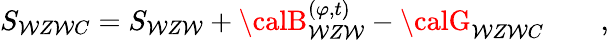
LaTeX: S_{\mathcal{W}Z\mathcal{W}C}=S_{\mathcal{W}Z\mathcal{W}}+{\calB}_{\mathcal{W}Z\mathcal{W}}^{(\varphi,t)}-{\calG}_{\mathcal{W}Z\mathcal{W}C}\qquad,